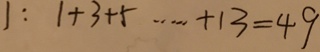
1 : 1 + 3 + 5 \cdots + 1 3 = 4 9